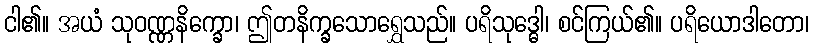
ငါ၏။ အယံ သုဝဏ္ဏနိက္ခော၊ ဤတနိက္ခသောရွှေသည်။ ပရိသုဒ္ဓေါ၊ စင်ကြယ်၏။ ပရိယောဒါတော၊